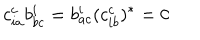
c _ { i a } ^ { c } b _ { b c } ^ { i } = b _ { a c } ^ { i } ( c _ { i b } ^ { c } ) ^ { * } = 0